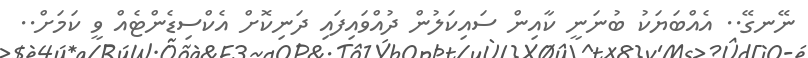
ނޭނގޭ.. އެއްބަޔަކު ބުނަނީ ކާއިން ސައިކަލުން ދުއްވައިފައި ދަނިކޮށް އެކްސިޑެންޓެއް ވީ ކަމަށް..